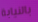
بالنيابة